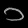
Digit: ၁